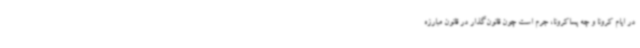
در ایام کرونا و چه پساکرونا، جرم است چون قانون‌گذار در قانون مبارزه